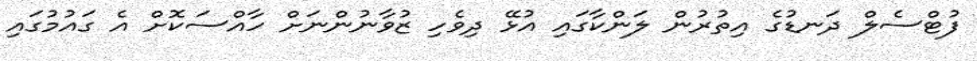
ފުޓްސެލް ދަނޑުގެ އިތުރުން ލަންކާގައި އުޅޭ ދިވެހި ޒުވާނުންނަށް ހާއްސަކޮށް އެ ގައުމުގައި